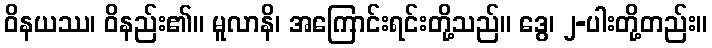
ဝိနယဿ၊ ဝိနည်း၏။ မူလာနိ၊ အကြောင်းရင်းတို့သည်။ ဒွေ၊ ၂-ပါးတို့တည်း။